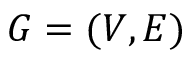
G = ( V , E )